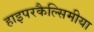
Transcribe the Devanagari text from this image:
हाइपरकैल्सिमीया